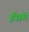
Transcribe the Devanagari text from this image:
ईसमे